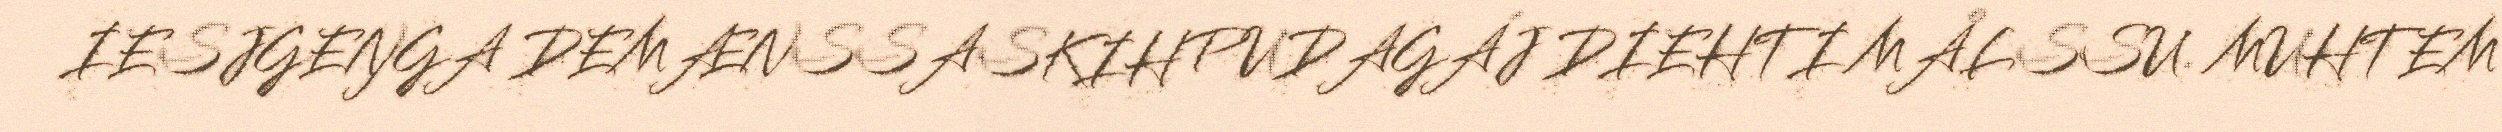
IESJGEŊGA DEMÆNSSASKIHPUDAGÁJ DIEHTI MÅLSSU. MUHTEM